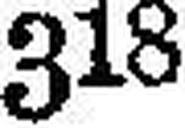
318